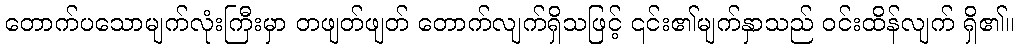
တောက်ပသောမျက်လုံးကြီးမှာ တဖျတ်ဖျတ် တောက်လျက်ရှိသဖြင့် ၎င်း၏မျက်နှာသည် ဝင်းထိန်လျက် ရှိ၏။